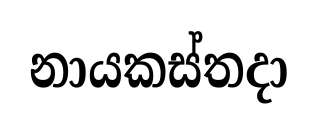
නායකස්තදා